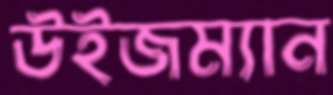
উইজম্যান